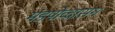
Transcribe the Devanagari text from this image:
मंडपोव्दासन